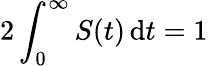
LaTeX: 2\int_{0}^{\infty}S(t)\, \mathrm{d}t=1